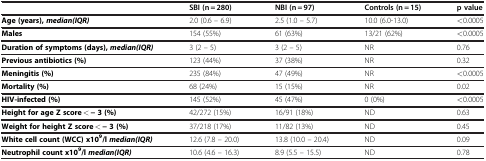
|  | SBI (n = 280) | NBI (n = 97) | Controls (n = 15) | p value |
 | --- | --- | --- | --- | --- |
 | Age (years),median(IQR) | 2.0 (0.6 – 6.9) | 2.5 (1.0 – 5.7) | 10.0 (6.0-13.0) | <0.0005 |
 | Males | 154 (55%) | 61 (63%) | 13/21 (62%) | <0.0005 |
 | Duration of symptoms (days),median(IQR) | 3 (2 – 5) | 3 (2 – 5) | NR | 0.76 |
 | Previous antibiotics (%) | 123 (44%) | 37 (38%) | NR | 0.32 |
 | Meningitis (%) | 235 (84%) | 47 (49%) | NR | <0.0005 |
 | Mortality (%) | 68 (24%) | 15 (15%) | NR | 0.02 |
 | HIV-infected (%) | 145 (52%) | 45 (47%) | 0 (0%) | <0.0005 |
 | Height for age Z score < − 3 (%) | 42/272 (15%) | 16/91 (18%) | ND | 0.63 |
 | Weight for height Z score < − 3 (%) | 37/218 (17%) | 11/82 (13%) | ND | 0.45 |
 | White cell count (WCC) x109/lmedian(IQR) | 12.6 (7.8 – 20.0) | 13.8 (10.0 – 20.4) | ND | 0.09 |
 | Neutrophil count x109/lmedian(IQR) | 10.6 (4.6 – 16.3) | 8.9 (5.5 – 15.5) | ND | 0.78 |